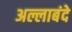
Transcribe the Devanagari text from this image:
अल्लाबंदे